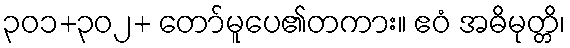
၃၀၁+၃၀၂+ တော်မူပေ၏တကား။ ဧဝံ အဓိမုတ္တိ၊